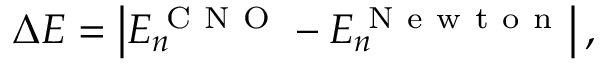
\Delta E = \left| E _ { n } ^ { \mathrm { ~ C ~ N ~ O ~ } } - E _ { n } ^ { \mathrm { ~ N ~ e ~ w ~ t ~ o ~ n ~ } } \right| ,